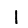
Digit: 1